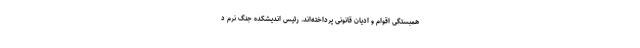
همبستگی اقوام و ادیان قانونی پرداخته‌اند. رئیس اندیشکده جنگ نرم د